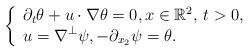
LaTeX: \begin{align*} \left\{\begin{array}{l}\displaystyle \partial_t \theta + u\cdot\nabla \theta =0, x \in \mathbb{R}^2, \, t>0,\\\displaystyle u =\nabla^\perp \psi, -\partial_{x_2} \psi = \theta.\end{array}\right.\end{align*}